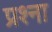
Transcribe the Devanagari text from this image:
प्रश्ना